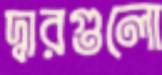
দ্বারগুলো